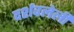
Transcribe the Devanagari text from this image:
दर्शवलेली